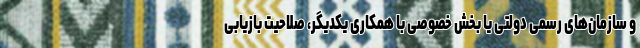
و سازمان‌های رسمی دولتی یا بخش خصوصی با همکاری یکدیگر، صلاحیت بازیابی